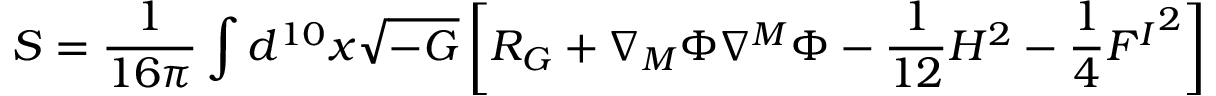
S = \frac { 1 } { 1 6 \pi } \int d ^ { 1 0 } x \sqrt { - G } \left[ R _ { G } + \nabla _ { M } \Phi \nabla ^ { M } \Phi - \frac { 1 } { 1 2 } H ^ { 2 } - \frac 1 4 { F ^ { I } } ^ { 2 } \right]